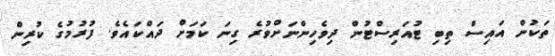
ތަކުން އައިސް ތިބި ޓުއަރިސްޓުން ދިވެހިންނަށްވުރެ ގިނަ ކަމަށް ދައްކައެވެ. ފުރުމުގެ ކުރިން